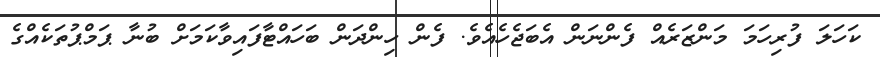
ކަހަލަ ފުރިހަމަ މަންޒަރެއް ފެންނަން އެބަޖެހެއެވެ. ފެން ހިންދަން ބަހައްޓާފައިވާކަމަށް ބުނާ ޕަމްޕުތަކެއްގެ